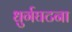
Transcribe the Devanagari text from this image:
धुर्गघटना